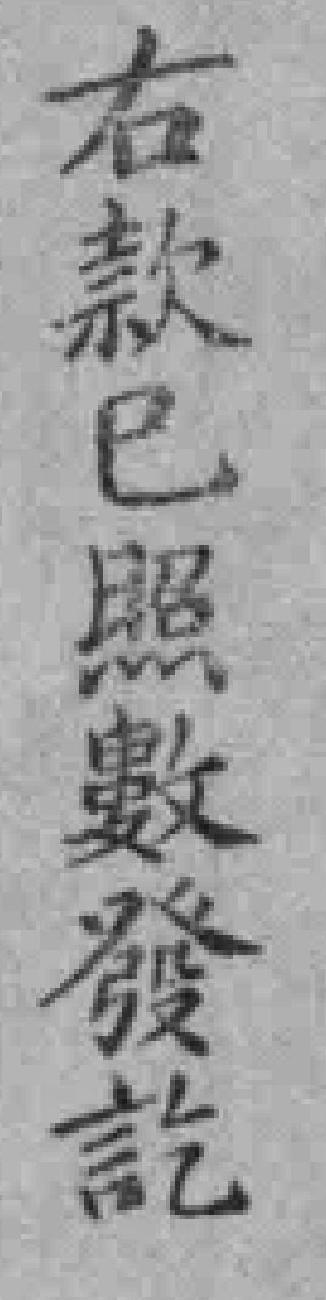
右款已照數發訖